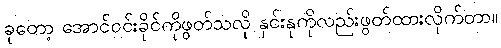
ခုတော့ အောင်ဝင်းခိုင်ကိုဖွတ်သလို နှင်းနုကိုလည်းဖွတ်ထားလိုက်တာ။